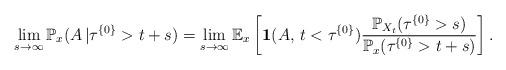
LaTeX: \begin{align*}\lim_{s\to \infty}\mathbb{P}_x(A \,| \tau^{\{0\} } >t+s)=\lim_{s\to\infty}\mathbb{E}_x\left[\mathbf{1}(A, \, t<\tau^{\{0\}})\frac{\mathbb{P}_{X_t}(\tau^{\{0\}}>s)}{\mathbb{P}_x(\tau^{\{0\}}>t+s)}\right].\end{align*}